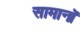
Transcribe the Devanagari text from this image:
सामानॉ